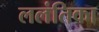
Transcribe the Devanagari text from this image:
ललंतिका